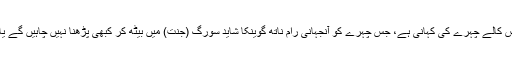
یہ ہندوستانی صحافت کے اُس کالے چہرے کی کہانی ہے، جس چہرے کو آنجہانی رام ناتھ گوینکا شاید سورگ (جنت) میں بیٹھ کر کبھی پڑھنا نہیں چاہیں گے یا کبھی جاننا نہیں چاہیں گے۔